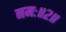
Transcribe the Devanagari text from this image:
नमः॥२॥